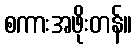
စကားအဖိုးတန်။